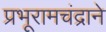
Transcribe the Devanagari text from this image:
प्रभूरामचंद्राने